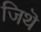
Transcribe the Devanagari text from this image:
जिथॆ